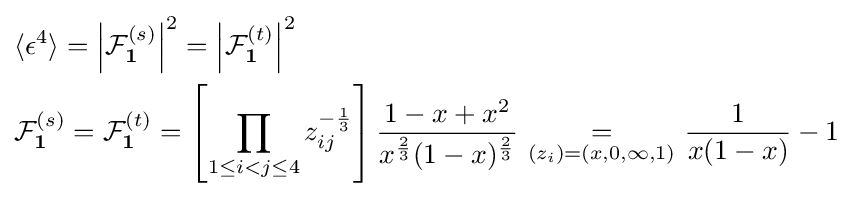
{\begin{aligned}&\langle \epsilon ^{4}\rangle =\left|{\mathcal {F}}_{\textbf {1}}^{(s)}\right|^{2}=\left|{\mathcal {F}}_{\textbf {1}}^{(t)}\right|^{2}\\&{\mathcal {F}}_{\textbf {1}}^{(s)}={\mathcal {F}}_{\textbf {1}}^{(t)}=\left[\prod _{1\leq i<j\leq 4}z_{ij}^{-{\frac {1}{3}}}\right]{\frac {1-x+x^{2}}{x^{\frac {2}{3}}(1-x)^{\frac {2}{3}}}}\ {\underset {(z_{i})=(x,0,\infty ,1)}{=}}\ {\frac {1}{x(1-x)}}-1\end{aligned}}